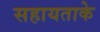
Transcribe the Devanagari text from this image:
सहायताके